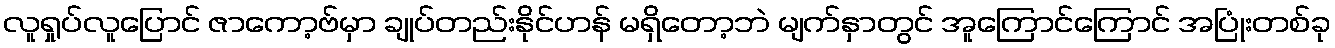
လူရှုပ်လူပြောင် ဇာကော့ဗ်မှာ ချုပ်တည်းနိုင်ဟန် မရှိတော့ဘဲ မျက်နှာတွင် အူကြောင်ကြောင် အပြုံးတစ်ခု